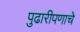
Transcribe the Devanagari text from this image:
पुढारीपणाचे